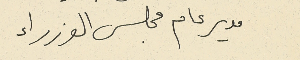
مدير عام مجلس الوزراء